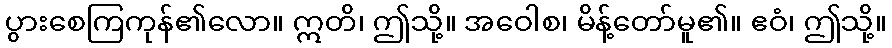
ပွားစေကြကုန်၏လော။ ဣတိ၊ ဤသို့။ အဝေါစ၊ မိန့်တော်မူ၏။ ဧဝံ၊ ဤသို့။